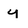
Character: y